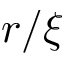
r / \xi